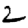
Digit: 2